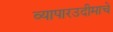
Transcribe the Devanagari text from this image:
व्यापारउदीमाचे